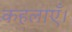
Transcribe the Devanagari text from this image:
कहलाएँ।